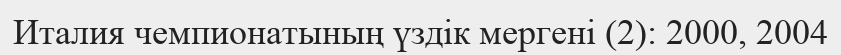
Италия чемпионатының үздік мергені (2): 2000, 2004